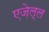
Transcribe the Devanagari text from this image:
एज़ेल्ल